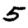
Digit: 5